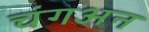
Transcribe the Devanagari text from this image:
चंगअन